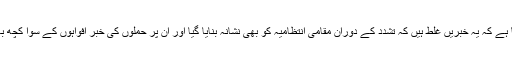
حکام کا کہنا ہے کہ یہ خبریں غلط ہیں کہ تشدد کے دوران مقامی انتظامیہ کو بھی نشانہ بنایا گیا اور ان پر حملوں کی خبر افواہوں کے سوا کچھ بھی نہیں ہے۔